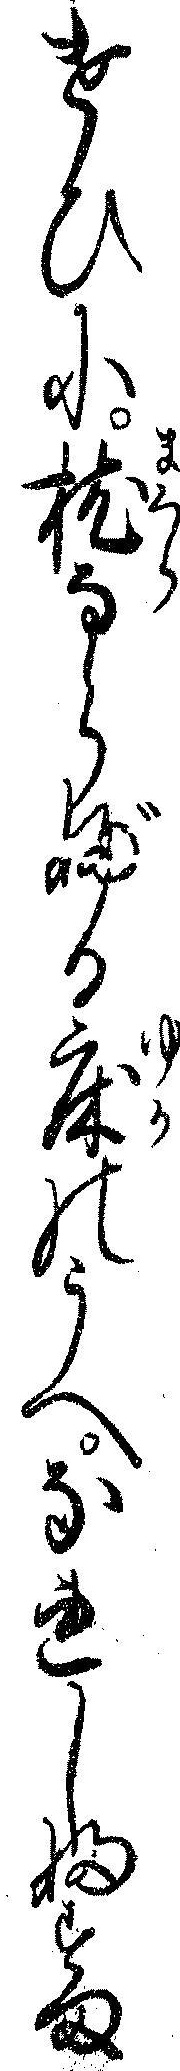
けひに枕ならぶる床のうへなれしふすま